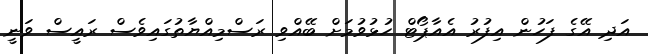
އަދި އޭގެ ފަހުން އިފުރު އެއާޕޯޓް ހުޅުވުމަށް ބޭއްވި ރަސްމިއްޔާތުގައިވެސް ރައީސް ވަނީ